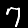
Label: 7